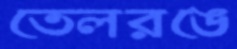
তেলরঙে